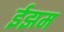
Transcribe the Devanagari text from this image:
ईझम